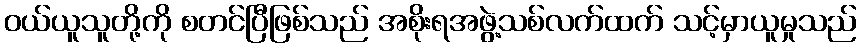
ဝယ်ယူသူတို့ကို စတင်ပြီဖြစ်သည် အစိုးရအဖွဲ့သစ်လက်ထက် သင့်မှာယူမှုသည်